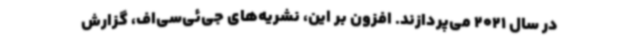
در سال 2021 می‌پردازند. افزون بر این، نشریه‌های جی‌ئی‌سی‌اف، گزارش